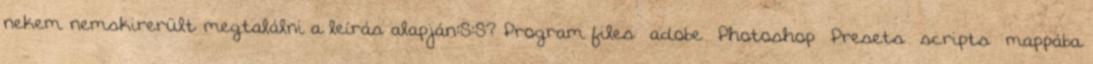
nekem nemskirerült megtalálni a leírás alapján:S:S? Program files adobe Photoshop Presets scripts mappába